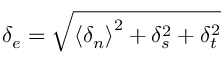
\delta _ { e } = \sqrt { \left\langle \delta _ { n } \right\rangle ^ { 2 } + \delta _ { s } ^ { 2 } + \delta _ { t } ^ { 2 } }